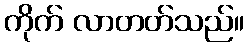
ကိုက် လာတတ်သည်။